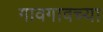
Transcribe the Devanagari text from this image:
गावगावच्या